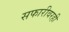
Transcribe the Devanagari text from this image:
सफारीवरही